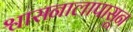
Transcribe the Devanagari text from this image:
श्वासनालापासून